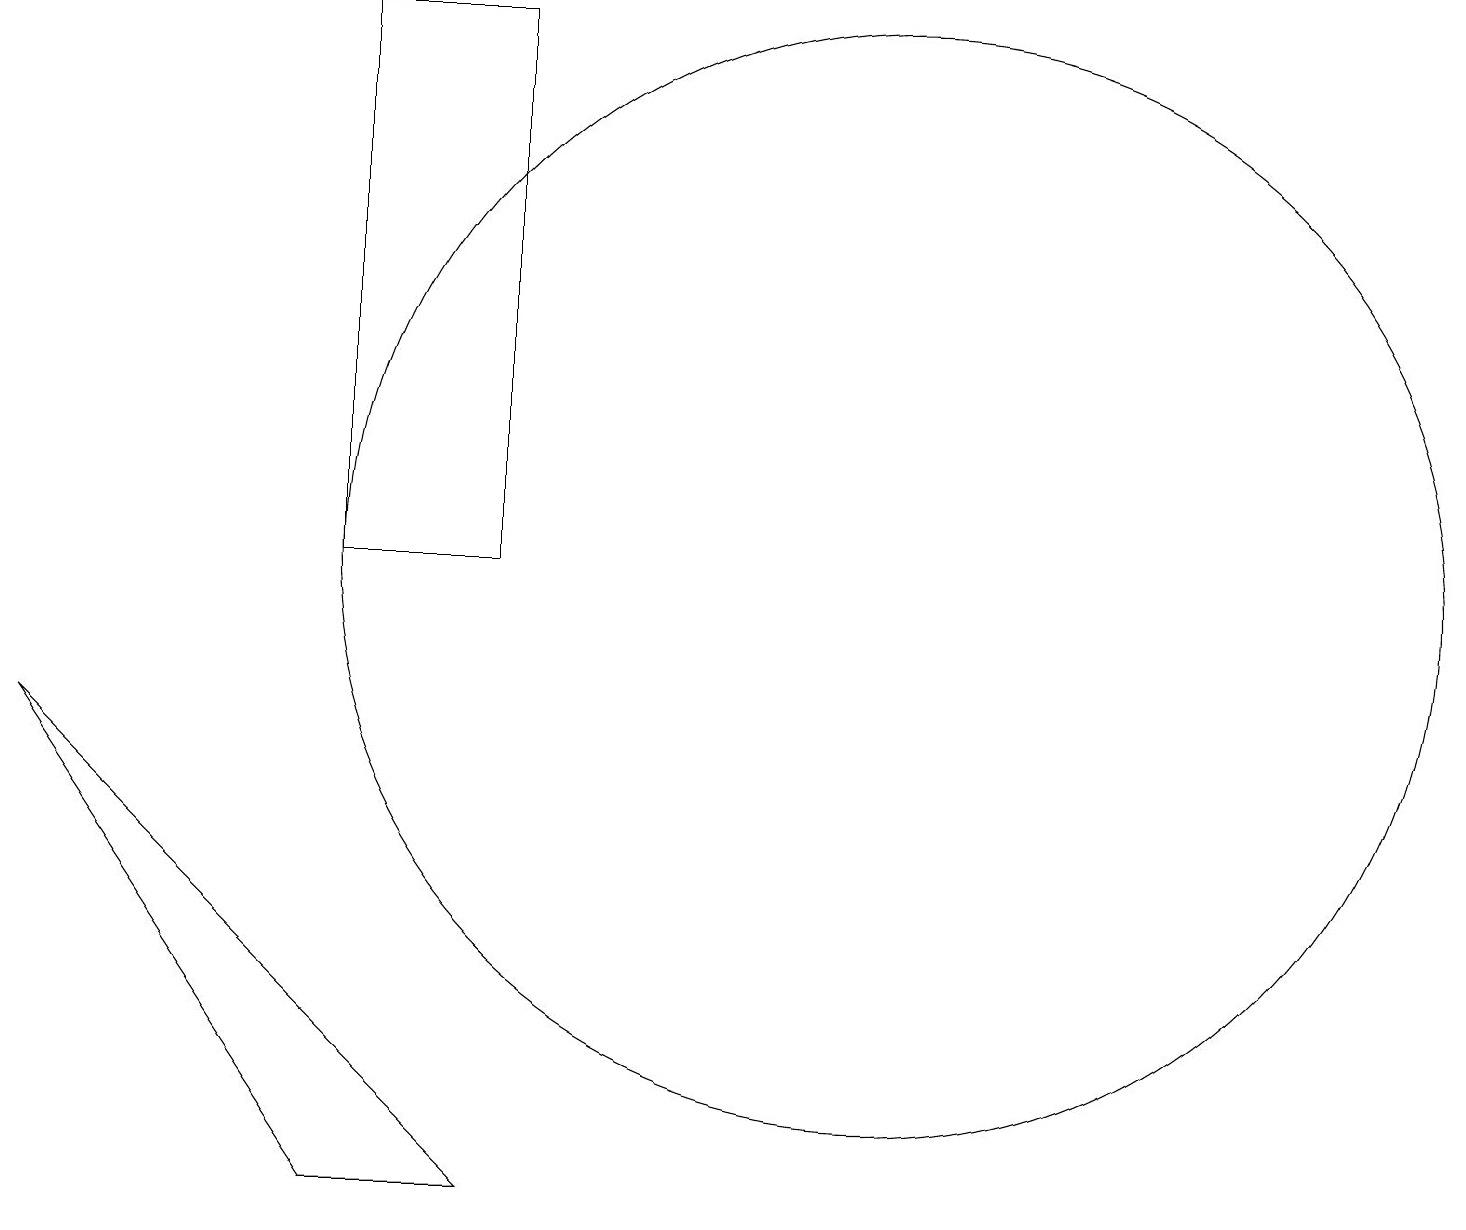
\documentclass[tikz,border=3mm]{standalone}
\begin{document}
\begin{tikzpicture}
\draw (12,10) circle (7);
\draw (7,2) -- (1,8) -- (5,2) -- cycle;
\draw (7,17) rectangle (5,10);
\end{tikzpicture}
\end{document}